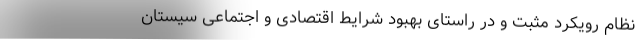
نظام رویکرد مثبت و در راستای بهبود شرایط اقتصادی و اجتماعی سیستان